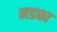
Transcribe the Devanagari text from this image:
मडका